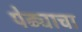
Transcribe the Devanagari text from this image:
पेढ्याचा